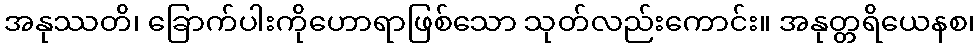
အနုဿတိ၊ ခြောက်ပါးကိုဟောရာဖြစ်သော သုတ်လည်းကောင်း။ အနုတ္တရိယေနစ၊